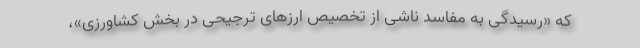
که «رسیدگی به مفاسد ناشی از تخصیص ارزهای ترجیحی در بخش کشاورزی»،